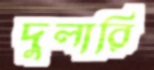
দুলারি